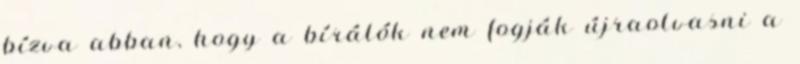
bízva abban, hogy a bírálók nem fogják újraolvasni a